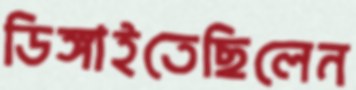
ডিঙ্গাইতেছিলেন